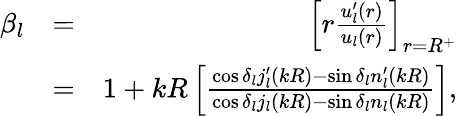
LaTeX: \begin{array}{rlr}{\beta_{l}}&{=}&{\left[r\frac{u_{l}^{\prime}(r)}{u_{l}(r)}\right]_{r=R^{+}}}\\ &{=}&{1+kR\left[\frac{\cos\delta_{l}j_{l}^{\prime}(kR)-\sin\delta_{l}n_{l}^{\prime}(kR)}{\cos\delta_{l}j_{l}(kR)-\sin\delta_{l}n_{l}(kR)}\right],}\end{array}